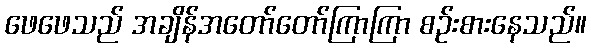
ဖေဖေသည် အချိန်အတော်တော်ကြာကြာ စဉ်းစားနေသည်။